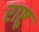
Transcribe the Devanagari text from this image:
राष्ट्र्